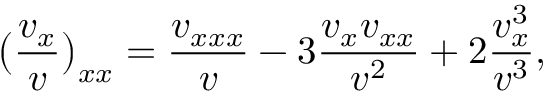
\bigl ( \frac { v _ { x } } { v } \bigr ) _ { x x } = \frac { v _ { x x x } } { v } - 3 \frac { v _ { x } v _ { x x } } { v ^ { 2 } } + 2 \frac { v _ { x } ^ { 3 } } { v ^ { 3 } } ,